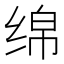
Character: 绵